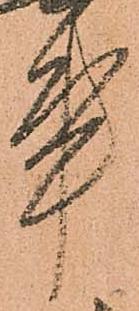
事